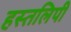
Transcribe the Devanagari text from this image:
हस्तलिपी